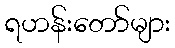
ရဟန်းတော်များ